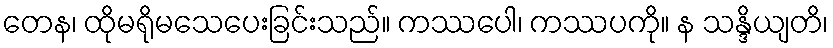
တေန၊ ထိုမရိုမသေပေးခြင်းသည်။ ကဿပေါ၊ ကဿပကို။ န သန္ဒိယျတိ၊